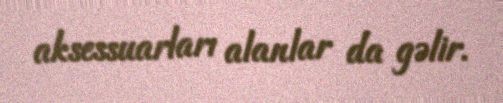
aksessuarları alanlar da gəlir.